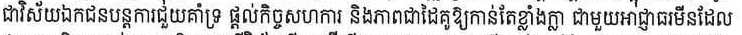
ជាវិស័យឯកជនបន្តរការជួួយគាំទ្រ ផ្ដលកិច្ចសហការ និងភាពជាដៃគូឲ្យកាន់តែខ្លាំងក្លា​ ជាមួរអាជ្ញាធរមីនដែល